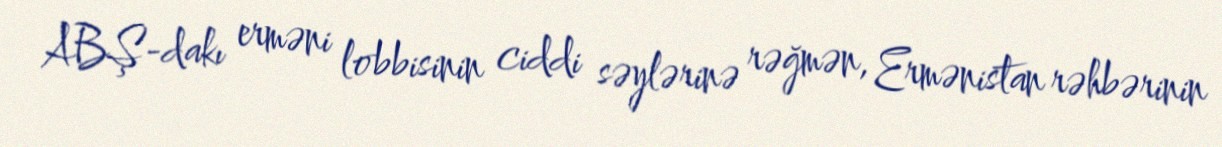
ABŞ-dakı erməni lobbisinin ciddi səylərinə rəğmən, Ermənistan rəhbərinin